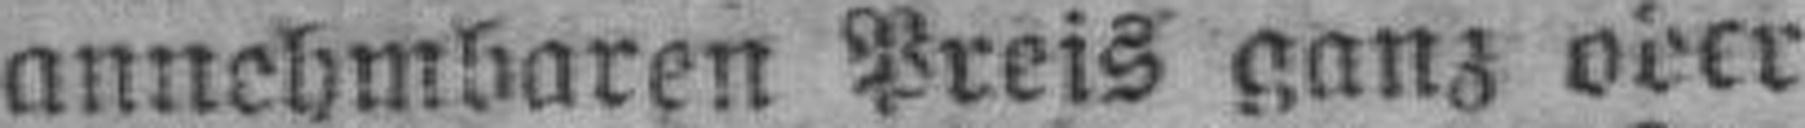
annehmbaren Preis ganz oder